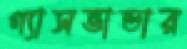
গ্যাসভান্ডার